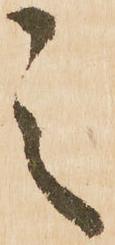
之